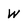
Character: W